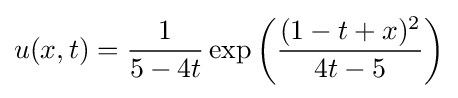
u(x,t)={\frac {1}{5-4t}}\exp \left({\frac {(1-t+x)^{2}}{4t-5}}\right)